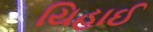
યિહાઈ